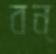
বন্